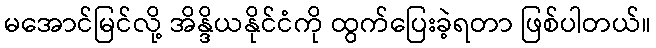
မအောင်မြင်လို့ အိန္ဒိယနိုင်ငံကို ထွက်ပြေးခဲ့ရတာ ဖြစ်ပါတယ်။